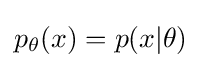
p_{\theta }(x)=p(x|\theta )